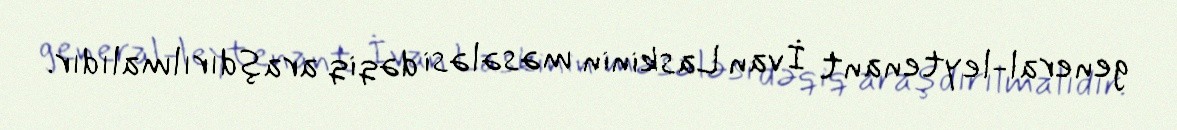
general-leytenant İvan Laskinin məsələsi dəqiq araşdırılmalıdır.